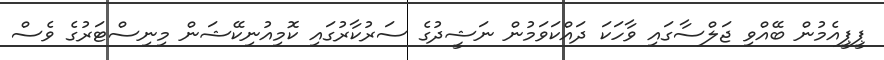
ޕީޕީއެމުން ބޭއްވި ޖަލްސާގައި ވާހަކަ ދައްކަވަމުން ނަޝީދުގެ ސަރުކާރުގައި ކޮމިއުނިކޭޝަން މިނިސްޓަރުގެ ވެސް